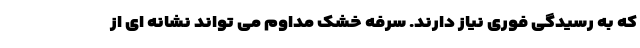
که به رسیدگی فوری نیاز دارند. سرفه خشک مداوم می تواند نشانه ای از